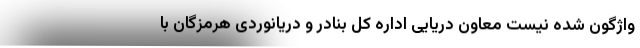
واژگون شده نیست معاون دریایی اداره کل بنادر و دریانوردی هرمزگان با